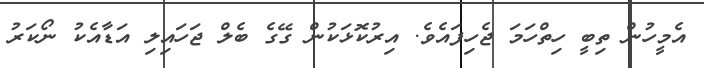
އެމީހުން ތިބީ ހިތްހަމަ ޖެހިފައެވެ. އިރުކޮޅަކުން ގޭގެ ބެލް ޖަހައިލި އަޑާއެކު ނޯކަރު